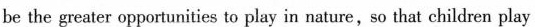
be the greater opporturities to play in nature,so that children play